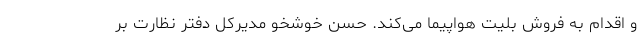
و اقدام به فروش بلیت هواپیما می‌کند. حسن خوشخو مدیرکل دفتر نظارت بر